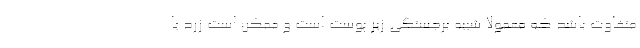
متفاوت باشد که معمولاً شبیه برجستگی زیر پوست است و ممکن است زرد یا